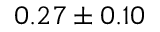
0 . 2 7 \pm 0 . 1 0